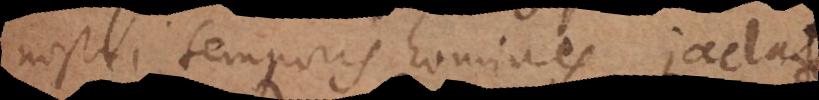
nostri temporis homines jactato